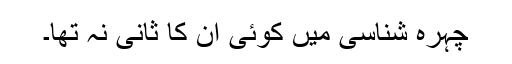
چہرہ شناسی میں کوئی ان کا ثانی نہ تھا۔